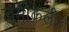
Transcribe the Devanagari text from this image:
डमोकलीज